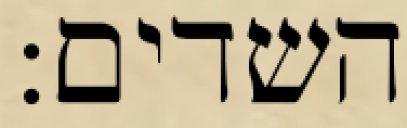
השדים: